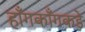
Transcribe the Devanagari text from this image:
हाँगकाँगकडे